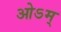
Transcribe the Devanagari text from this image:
ओऽम्‌